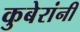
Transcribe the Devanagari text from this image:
कुबेरांनी